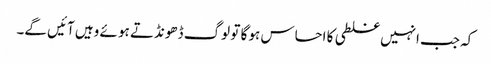
کہ جب انہیں غلطی کا احساس ہو گا تو لوگ ڈھونڈتے ہو ئے وہیں آئیں گے۔